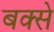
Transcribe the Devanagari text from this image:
बक्‍से